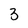
Character: 3